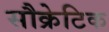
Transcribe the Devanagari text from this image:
सौक्रेटिक